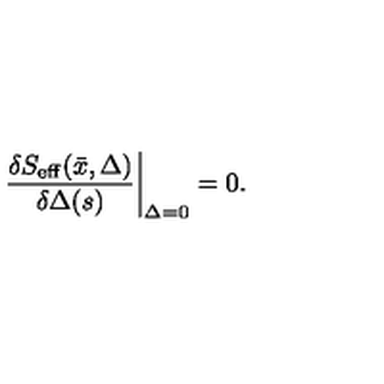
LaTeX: \left. { \frac { \delta S _ { \mathrm { e f f } } ( \bar { x } , \Delta ) } { \delta \Delta ( s ) } } \right\vert _ { \Delta = 0 } = 0 .